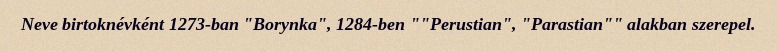
Neve birtoknévként 1273-ban "Borynka", 1284-ben ""Perustian", "Parastian"" alakban szerepel.